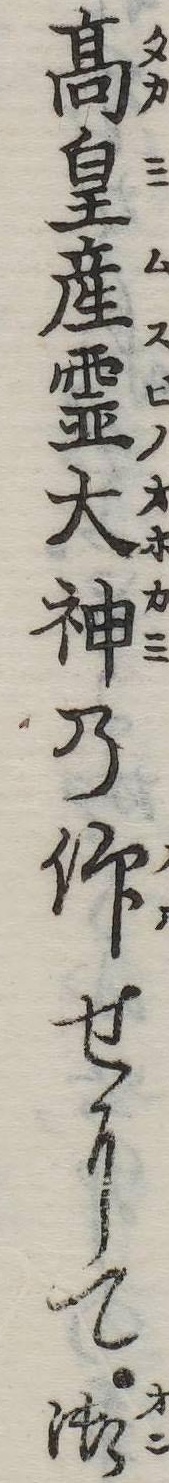
高皇産霊大神の仰せにて御